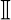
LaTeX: \mathbb{I}